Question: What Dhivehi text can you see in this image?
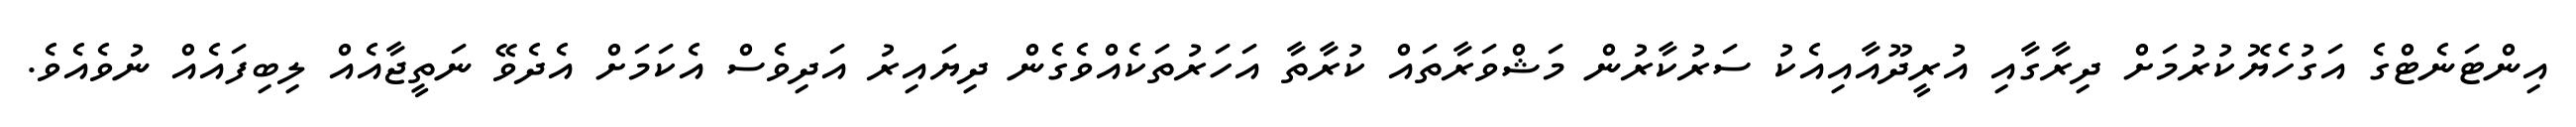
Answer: އިންޓަނެޓްގެ އަގުހެޔޮކުރުމަށް ދިރާގާއި އުރީދޫއާއިއެކު ސަރުކާރުން މަޝްވަރާތައް ކުރާތާ އަހަރުތަކެއްވެގެން ދިޔައިރު އަދިވެސް އެކަމަށް އެދެވޭ ނަތީޖާއެއް ލިބިފައެއް ނުވެއެވެ.